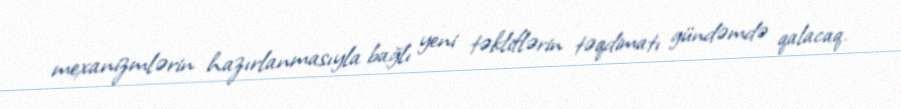
mexanizmlərin hazırlanmasıyla bağlı yeni təkliflərin təqdimatı gündəmdə qalacaq.